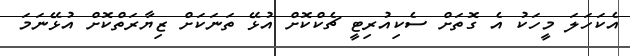
އެކަހަލަ މީހަކު އެ ގޮތަށް ސެކިއުރިޓީ ޗެކްކޮށް އުޅޭ ތަނަކަށް ޒިޔާރަަތްކޮށް އުޅޭނަމަ